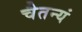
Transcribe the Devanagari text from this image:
चैतन्यं